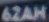
6ZAH